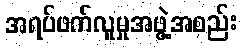
အရပ်ဖက်လူမှုအဖွဲ့အစည်း